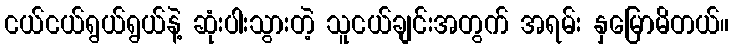
ငယ်ငယ်ရွယ်ရွယ်နဲ့ ဆုံးပါးသွားတဲ့ သူငယ်ချင်းအတွက် အရမ်း နှမြောမိတယ်။